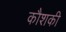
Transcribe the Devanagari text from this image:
कौशकी